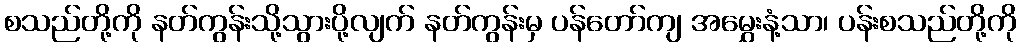
စသည်တို့ကို နတ်ကွန်းသို့သွားပို့လျက် နတ်ကွန်းမှ ပန်တော်ကျ အမွှေးနံ့သာ၊ ပန်းစသည်တို့ကို